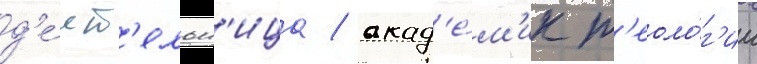
д'е́ят'ельн'ица / акад'е́м'ик т'еоло́г'ии